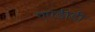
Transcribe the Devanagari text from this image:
एएडीडी